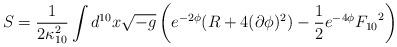
LaTeX: \begin{align*}S = \frac{1}{2\kappa_{10}^2} \int d^{10}x \sqrt{-g} \left(e^{-2\phi} (R +4(\partial \phi)^2) -\frac{1}{2}e^{-4\phi} {F_{10}}^2 \right)\end{align*}